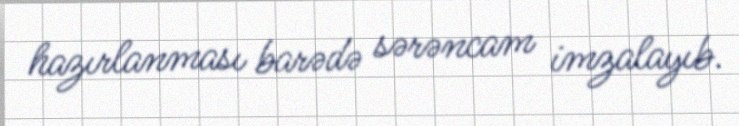
hazırlanması barədə sərəncam imzalayıb.